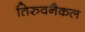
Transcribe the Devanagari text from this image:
तिरुवनैकल